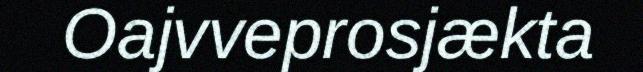
Oajvveprosjækta